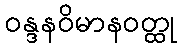
ဝန္ဒနဝိမာနဝတ္ထု